Scottish Leaving Certificate Examination, 1956
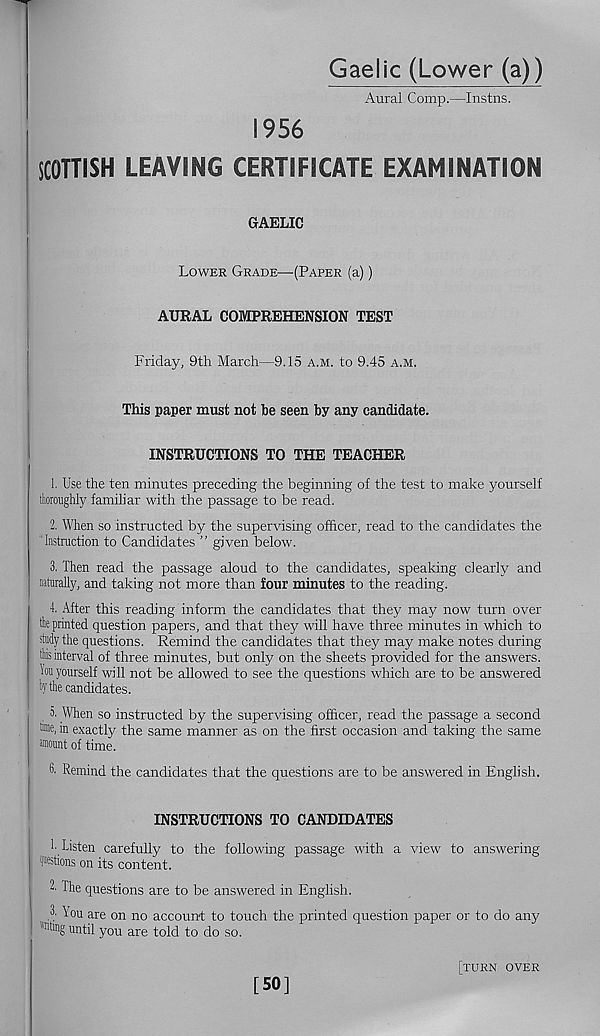
Gaelic (Lower (a))
Aural Comp.—Instns.
1956
SCOHISH LEAVING CERTIFICATE EXAMINATION
GAELIC
Lower Grade—(Paper (a))
AURAL COMPREHENSION TEST
Friday, 9th March—9.15 a.m. to 9.45 a.m.
This paper must not he seen by any candidate.
INSTRUCTIONS TO THE TEACHER
1. Use the ten minutes preceding the beginning of the test to make yourself
thoroughly familiar with the passage to be read.
2. When so instructed by the supervising officer, read to the candidates the
"Instruction to Candidates ” given below.
3. Then read the passage aloud to the candidates, speaking clearly and
naturally, and taking not more than lour minutes to the reading.
4. After this reading inform the candidates that they may now turn over
the printed question papers, and that they will have three minutes in which to
study the questions. Remind the candidates that they may make notes during
this interval of three minutes, but only on the sheets provided for the answers.
Lu yourself will not be allowed to see the questions which are to be answered
hy the candidates.
5. When so instructed by the supervising officer, read the passage a second
in exactly the same manner as on the first occasion and taking the same
Mount of time.
S. Remind the candidates that the questions are to be answered in English.
INSTRUCTIONS TO CANDIDATES
h Listen carefully to the following passage with a view to answering
iwstions on its content.
2. The questions are to be answered in Enghsh.
,3. You are on no account to touch the printed question paper or to do any
"filing until you are told to do so.
[50]
[turn over